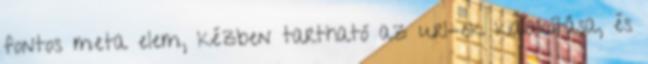
fontos meta elem, kézben tartható az url-ek kialakítása, és